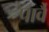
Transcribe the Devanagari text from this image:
पार्वै